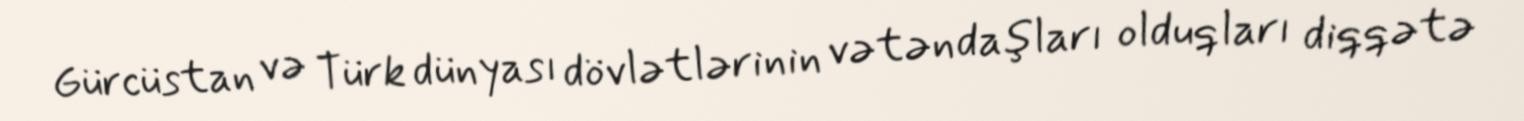
Gürcüstan və Türk dünyası dövlətlərinin vətəndaşları olduqları diqqətə